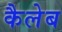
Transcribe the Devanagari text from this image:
कैलेब